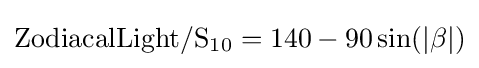
{\rm {ZodiacalLight}}/{\rm {S}}_{10}=140-90\sin(|\beta |)